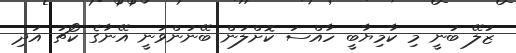
ޒުލޭ ބުނީ މި ކާމިޔާބީ ހާއްސަ ކޮށްލަން ބޭނުންވަނީ އޭނާގެ ކޯޗު އަދި